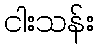
ငါးသန်း